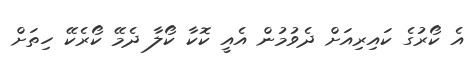
އެ ކޯރުގެ ކައިރިއަށް ދެވުމުން އެއީ ކޮކާ ކޯލާ ދެމޭ ކޯރެކޭ ހިތަށް